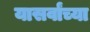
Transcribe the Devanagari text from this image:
यासर्वांच्या